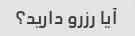
آیا رزرو دارید؟